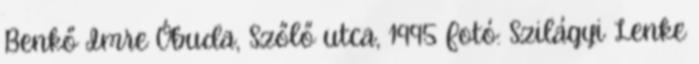
Benkő Imre Óbuda, Szőlő utca, 1995 Fotó: Szilágyi Lenke